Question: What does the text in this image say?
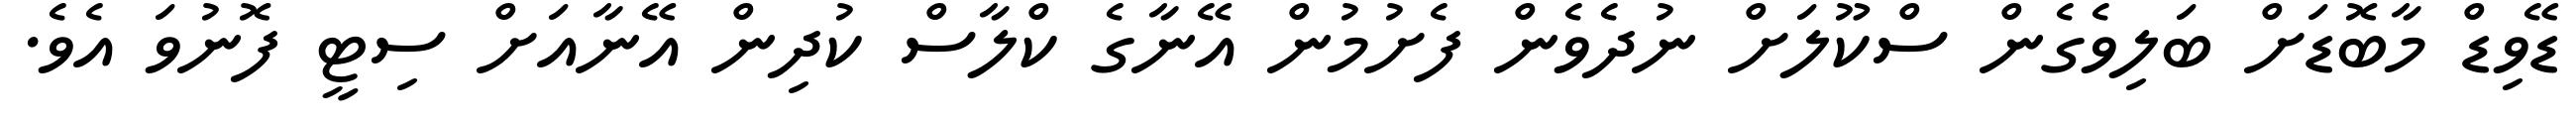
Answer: ޑޭވިޑް މާބޮޑަށް ބަލިވެގެން ސްކޫލަށް ނުދެވެން ފެށުމުން އޭނާގެ ކްލާސް ކުދިން އޭނާއަށް ސިޓީ ފޮނުވަ އެވެ.